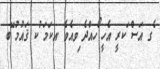
ެގ އަސް ަކރީ އެހީ ޯހއްދެ ިވއެވެެ .އކަމަ ުކ ޤައުމު ޭބ